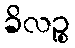
ခိလဉ္စ